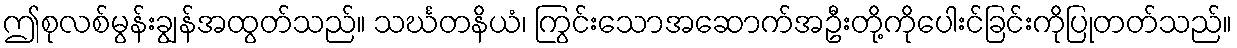
ဤစုလစ်မွန်းချွန်အထွတ်သည်။ သင်္ဃတနိယံ၊ ကြွင်းသောအဆောက်အဦးတို့ကိုပေါးင်ခြင်းကိုပြုတတ်သည်။